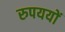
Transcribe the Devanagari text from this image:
रुपययों